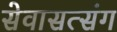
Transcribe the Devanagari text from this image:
सेवासत्संग